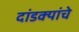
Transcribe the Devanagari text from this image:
दांडक्यांचे